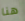
هنا